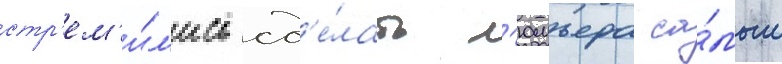
стр'ем'и́л'ись сд'е́лать л'юмьера са́мым